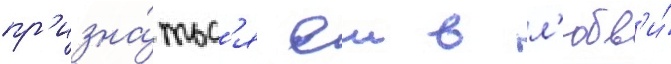
пр'изна́тьс'я еи в л'юбв'и́